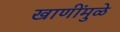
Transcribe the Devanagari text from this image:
खाणींमुळे